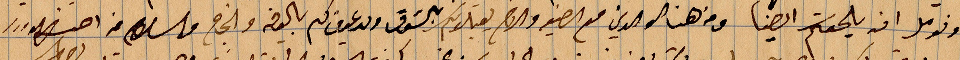
ونومل ان يلحككم ايضًا ومن هنا الوالدين مع الضيف والزوج يقبلونكم بشوق ويدعون لكم بالعافي والنجاح والسلام